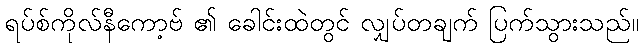
ရပ်စ်ကိုလ်နီကော့ဗ် ၏ ခေါင်းထဲတွင် လျှပ်တချက် ပြက်သွားသည်။